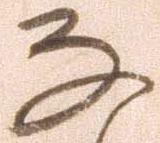
な